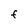
Character: f